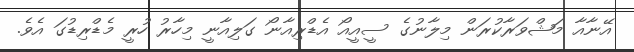
އޭނާއާ މަޝްވަރާކުރަން މިލާނުގެ ސީއީއޯ އެޑްރިއާނޯ ގަލިއާނީ މިހާރު ހުރީ މެޑްރިޑުގަ އެވެ.